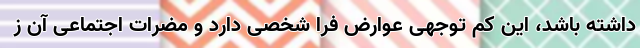
داشته باشد، این کم توجهی عوارض فرا شخصی دارد و مضرات اجتماعی آن ز